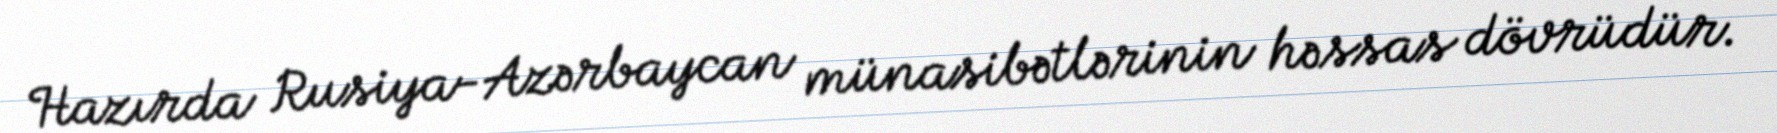
Hazırda Rusiya-Azərbaycan münasibətlərinin həssas dövrüdür.